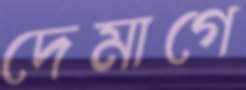
দেমাগে